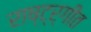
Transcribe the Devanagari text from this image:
राष्ट्र्गीत